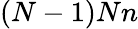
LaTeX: (N-1)Nn